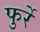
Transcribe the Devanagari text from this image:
फुर्रे